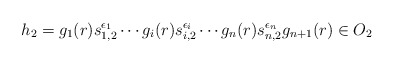
\begin{align*}h_2=g_1(r)s_{1,2}^{\epsilon_1}\cdots g_i(r)s_{i,2}^{\epsilon_i}\cdots g_n(r)s_{n,2}^{\epsilon_n}g_{n+1}(r)\in O_2\end{align*}